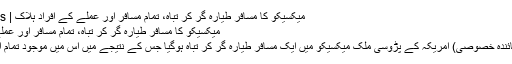
میکسیکو کا مسافر طیارہ گر کر تباہ، تمام مسافر اور عملے کے افراد ہلاک | The Bol News
میکسیکو کا مسافر طیارہ گر کر تباہ، تمام مسافر اور عملے کے افراد ہلاک
میکسیکو سٹی (نمائندہ خصوصی) امریکہ کے پڑوسی ملک میکسیکو میں ایک مسافر طیارہ گر کر تباہ ہوگیا جس کے نتیجے میں اس میں موجود تمام افراد ہلاک ہوگئے۔